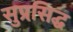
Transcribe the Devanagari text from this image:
सुप्रसि़द्घ